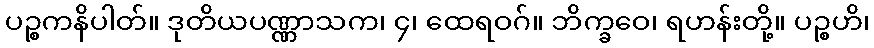
ပဉ္စကနိပါတ်။ ဒုတိယပဏ္ဏာသက၊ ၄၊ ထေရဝဂ်။ ဘိက္ခဝေ၊ ရဟန်းတို့။ ပဉ္စဟိ၊